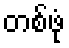
တစ်ဖုံ